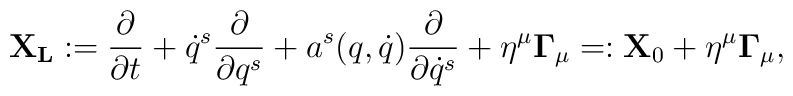
{\bf X_L} := {\partial\over\partial t}+ \dot q^{s}{\partial\over\partial q^{s}} +a^{s}(q,\dot q){\partial\over\partial \dot q^{s}} +\eta^{\mu}{\bf\Gamma}_{\mu} =: {\bf X}_{0} +\eta^{\mu}{\bf\Gamma}_{\mu} ,